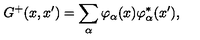
G ^ { + } ( x , x ^ { \prime } ) = \sum _ { \alpha } \varphi _ { \alpha } ( x ) \varphi _ { \alpha } ^ { \ast } ( x ^ { \prime } ) ,